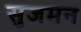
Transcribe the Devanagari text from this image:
सुजमन